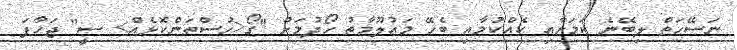
ނަސޭހަތް ލިބޭނެ ކަމަށާއި ކެއްކުމާއި ބެހޭ މައުލޫމާތު ހޯދުމަށް "ގޯ<ހުސްތަންކޮޅެއް> ސީ" ޖަހާފަ